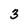
Character: 3